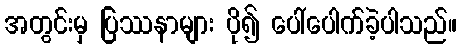
အတွင်းမှ ပြဿနာများ ပို၍ ပေါ်ပေါက်ခဲ့ပါသည်။